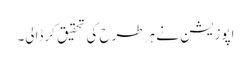
اپوزیشن نے ہر طرح کی تحقیق کرڈالی۔